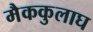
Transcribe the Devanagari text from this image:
मैककुलाघ